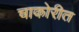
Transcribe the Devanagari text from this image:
चाकोरीत